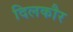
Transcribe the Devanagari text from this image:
दिलकौर